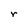
Character: r